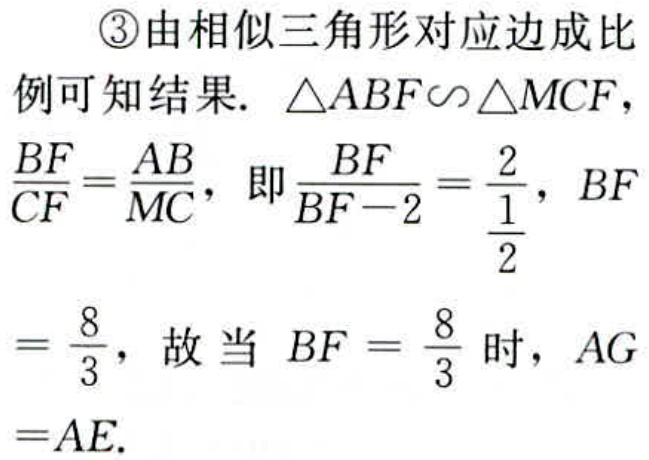
\textcircled{3}由相似三角形对应边成比例可知结果. $\triangle ABF\sim\triangle MCF$，$\frac{BF}{CF}=\frac{AB}{MC}$，即$\frac{BF}{BF - 2}=\frac{2}{\frac{1}{2}}$，$BF=\frac{8}{3}$，故当 $BF = \frac{8}{3}$ 时，$AG = AE$.